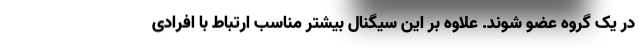
در یک گروه عضو شوند. علاوه بر این سیگنال بیشتر مناسب ارتباط با افرادی